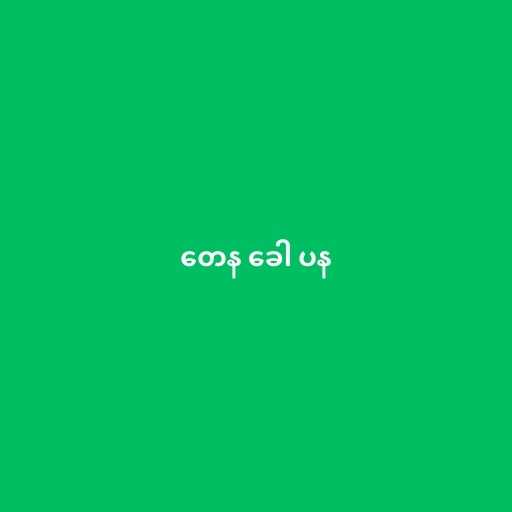
တေန ခေါ ပန